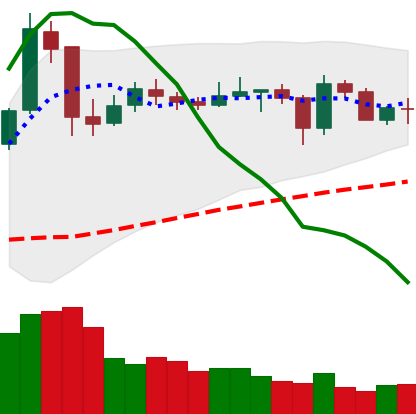
Ticker: NEO-USD
Chart end date: 2020-05-26
Forward return: 10.515%
Label: up_7plus